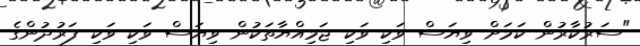
"ސަރުކާރުން ކަމަށް ވިޔަސް ވަކި ވަކި ޖަމިއްޔާތަކުން ވިޔަސް ވަކި ވަކި ފަރުދުންގެ